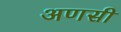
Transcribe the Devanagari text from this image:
अणसी